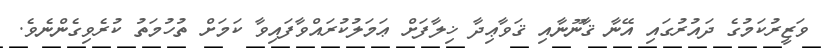
ވަޒީރުކަމުގެ ދައުރުގައި އޭނާ ޤާނޫނާއި ޤަވާޢިދާ ޚިލާފަށް ޢަމަލުކުރައްވާފައިވާ ކަމަށް ތުހުމަތު ކުރެވިގެންނެވެ.